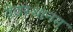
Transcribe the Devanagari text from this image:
देवस्‍थानम